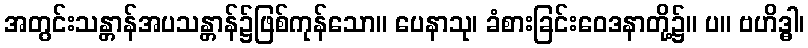
အတွင်းသန္တာန်အပသန္တာန်၌ဖြစ်ကုန်သော။ ပေနာသု၊ ခံစားခြင်းဝေဒနာတို့၌။ ပ။ ဗဟိဒ္ဓါ၊